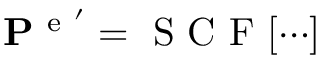
\mathbf { P } ^ { \mathrm { ~ e ~ } ^ { \prime } } = \mathrm { ~ S ~ C ~ F ~ } [ \cdots ]